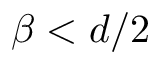
\beta < d / 2